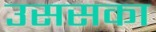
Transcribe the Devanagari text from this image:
उससका